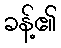
ခန့်၏